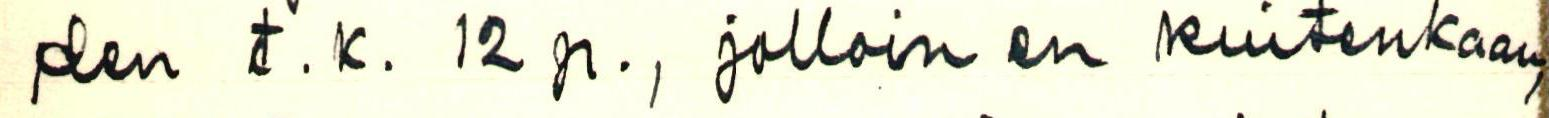
den t.k. 12 p., jolloin en kuitenkaan,